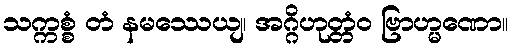
သက္ကစ္စံ တံ နမဿေယျ၊ အဂ္ဂိဟုတ္တံဝ ဗြာဟ္မဏော။